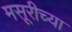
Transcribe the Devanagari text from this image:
मसूरीच्या